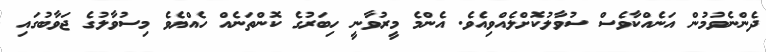
ދެންނެވުމުން އަނެއްކާވެސް ސުވާލުކޮށްލެއްވިއެވެ. އެންމެ މީރުވާނީ ހިބަރުގެ ކޮންތަނެއް ހެއްޔެވެ މިސުވާލުގެ ޖަވާބުގައި